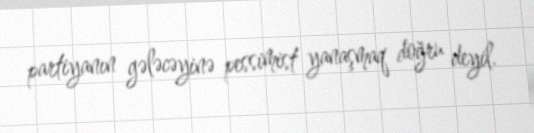
partiyanın gələcəyinə pessimist yanaşmaq doğru deyil.